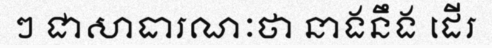
ៗ ជាសាធារណៈថា នាងនឹង ដើរ